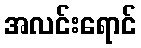
အလင်းရောင်